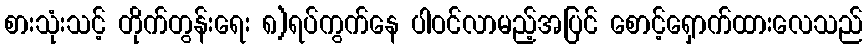
စားသုံးသင့် တိုက်တွန်းရေး ၈)ရပ်ကွက်နေ ပါဝင်လာမည့်အပြင် စောင့်ရှောက်ထားလေသည်